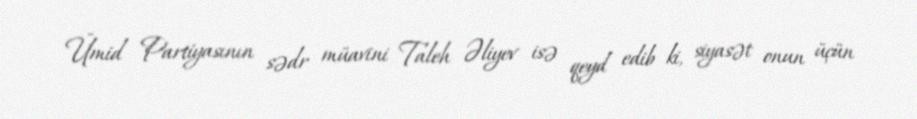
Ümid Partiyasının sədr müavini Taleh Əliyev isə qeyd edib ki, siyasət onun üçün